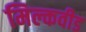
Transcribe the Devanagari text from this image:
मिल्कवीड